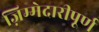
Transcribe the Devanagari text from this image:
ज़िम्मेदारीपूर्ण